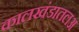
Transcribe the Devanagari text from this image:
कालखंडातलअ